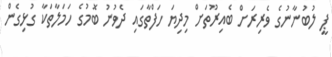
ޕީ ލުބުނާނުގެ ވެރިރަށް ބެއިރޫތަށް މިދިޔަ ހަފްތާގައި ދެވުނު ބޮމުގެ ހަމަލާތަކާ ގުޅިގެން